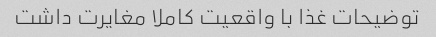
توضیحات غذا با واقعیت کاملا مغایرت داشت